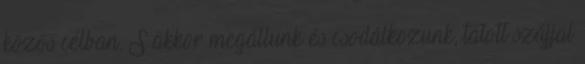
közös célban. S akkor megállunk és csodálkozunk, tátott szájjal